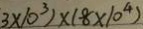
3 \times 1 0 ^ { 3 } ) \times ( 8 \times 1 0 ^ { 4 } )